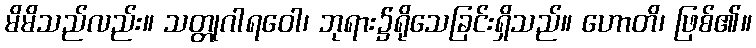
မိမိသည်လည်း။ သတ္တုဂါရဝေါ၊ ဘုရား၌ရိုသေခြင်းရှိသည်။ ဟောတိ၊ ဖြစ်၏။